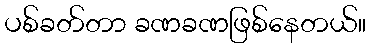
ပစ်ခတ်တာ ခဏခဏဖြစ်နေတယ်။